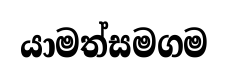
යාමත්සමගම